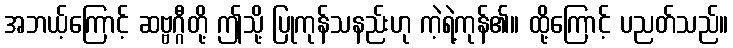
အဘယ့်ကြောင့် ဆဗ္ဗဂ္ဂီတို့ ဤသို့ ပြုကုန်သနည်းဟု ကဲ့ရဲ့ကုန်၏။ ထို့ကြောင့် ပညတ်သည်။